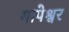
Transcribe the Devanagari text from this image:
गापेश्वर